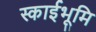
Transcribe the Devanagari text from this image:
स्काईभूमि